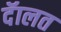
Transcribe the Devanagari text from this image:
दॅालत